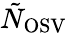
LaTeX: \tilde{N}_{\mathrm{OSV}}